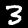
Digit: 3